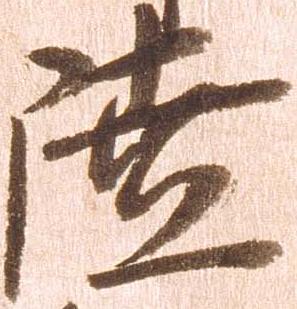
陸